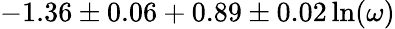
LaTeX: -1.36\pm 0.06+0.89\pm 0.02\ln(\omega)